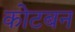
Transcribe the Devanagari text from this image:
कोटबन